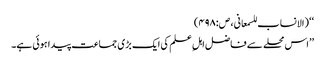
‘‘ (الانساب للسمعانی، ص:۴۹۸)
’’اس محلے سے فاضل اہلِ علم کی ایک بڑی جماعت پیدا ہوئی ہے۔